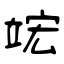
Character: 竤